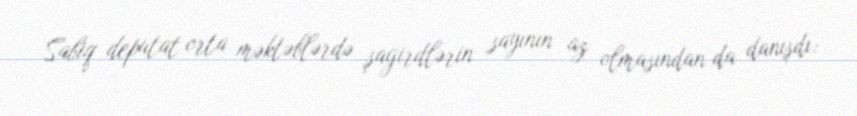
Sabiq deputat orta məktəblərdə şagirdlərin sayının az olmasından da danışdı: